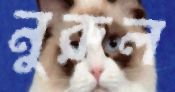
নুরুল